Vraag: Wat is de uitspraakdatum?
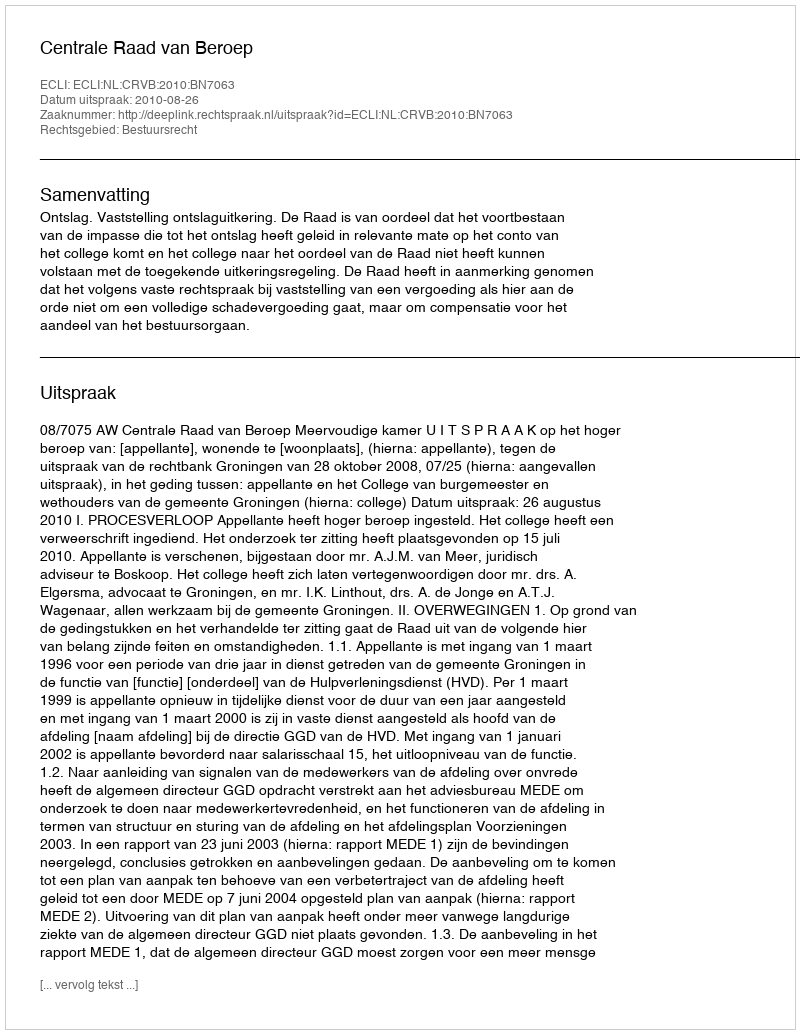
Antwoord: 2010-08-26